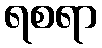
ရစရာ